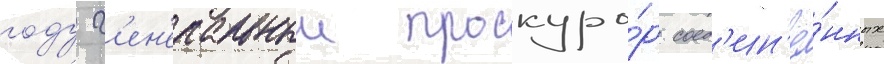
году г'ен'еральныи прокуро́р соед'ин'ё́нных